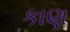
કાણ